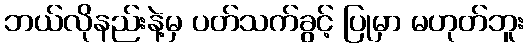
ဘယ်လိုနည်းနဲ့မှ ပတ်သက်ခွင့် ပြုမှာ မဟုတ်ဘူး